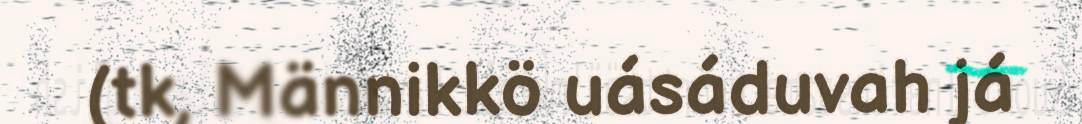
(tk, Männikkö uásáduvah já